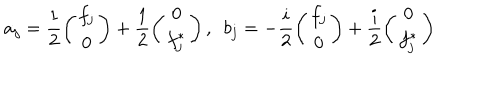
a _ { j } = \frac { 1 } { 2 } \left( \begin{array} { c } { { f _ { j } } } \\ { { 0 } } \\ \end{array} \right) + \frac { 1 } { 2 } \left( \begin{array} { c } { { 0 } } \\ { { f _ { j } ^ { \ast } } } \\ \end{array} \right) , \ \ b _ { j } = - \frac { i } { 2 } \left( \begin{array} { c } { { f _ { j } } } \\ { { 0 } } \\ \end{array} \right) + \frac { i } { 2 } \left( \begin{array} { c } { { 0 } } \\ { { f _ { j } ^ { \ast } } } \\ \end{array} \right)